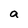
Character: a